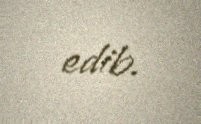
edib.